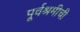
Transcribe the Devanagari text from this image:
पूर्वश्रमीची